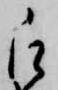
被